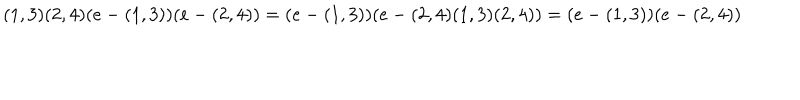
LaTeX: ( 1 , 3 ) ( 2 , 4 ) ( e - ( 1 , 3 ) ) ( e - ( 2 , 4 ) ) = ( e - ( 1 , 3 ) ) ( e - ( 2 , 4 ) ( 1 , 3 ) ( 2 , 4 ) ) = ( e - ( 1 , 3 ) ) ( e - ( 2 , 4 ) )